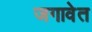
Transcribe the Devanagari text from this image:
जगावेत